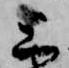
上